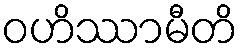
ဝဟိဿာမီတိ